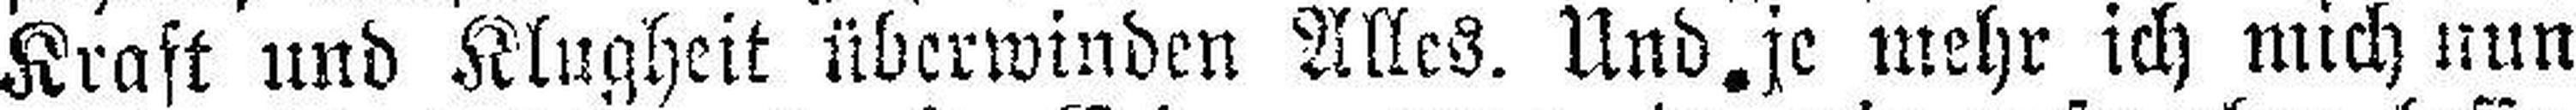
Kraft und Klugheit überwinden Alles. Und je mehr ich mich nun